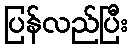
ပြန်လည်ပြီး